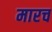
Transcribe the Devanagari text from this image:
मारच